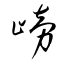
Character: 嵭